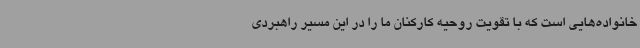
خانواده‌هایی است که با تقویت روحیه کارکنان ما را در این مسیر راهبردی